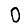
Digit: 0